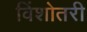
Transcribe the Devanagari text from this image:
विंशोतरी